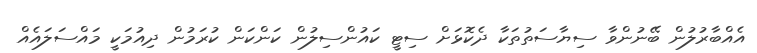
އެއްބާރުލުން ބޭނުންވާ ސިޔާސަތުތަކާ ދެކޮޅަށް ސިޓީ ކައުންސިލުން ކަންކަން ކުރަމުން ދިއުމަކީ މައްސަލައެއް